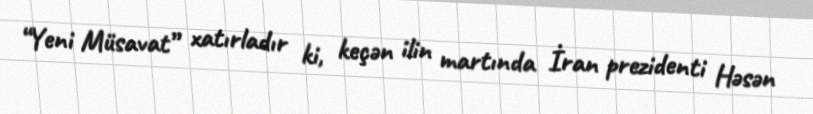
“Yeni Müsavat” xatırladır ki, keçən ilin martında İran prezidenti Həsən